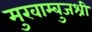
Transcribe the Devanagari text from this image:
मुखाम्बुजश्री